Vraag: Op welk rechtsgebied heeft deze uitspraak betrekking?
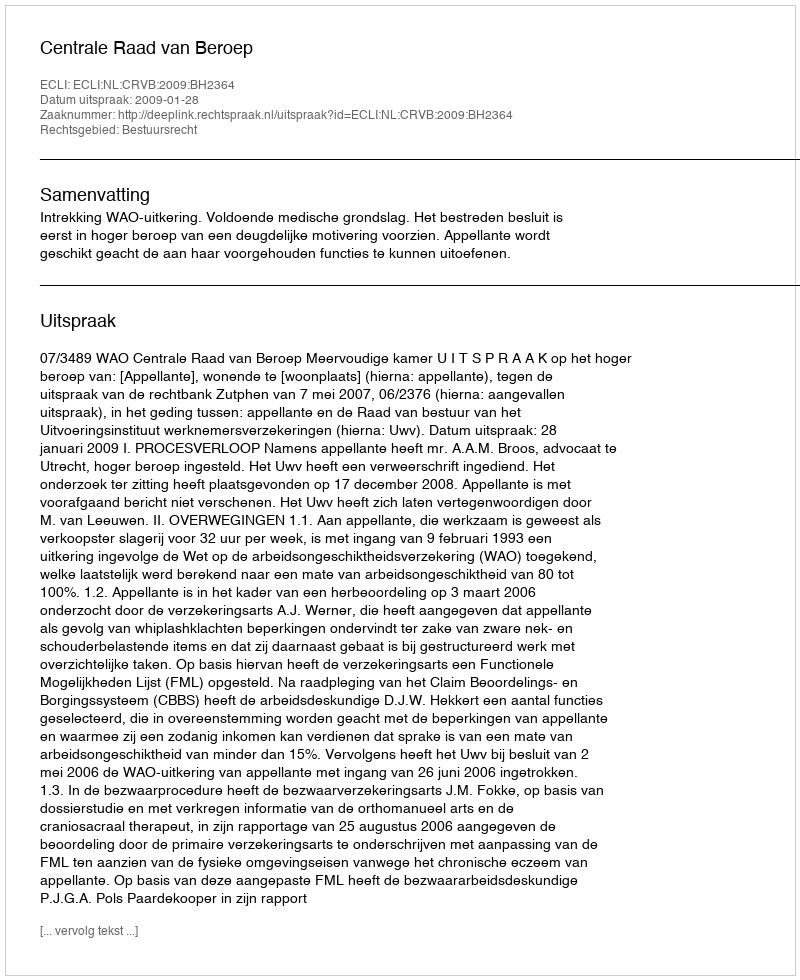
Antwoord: Bestuursrecht